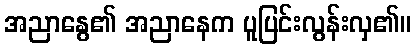
အညာနွေ၏ အညာနေက ပူပြင်းလွန်းလှ၏။